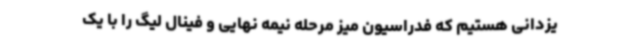
یزدانی هستیم که فدراسیون میز مرحله نیمه نهایی و فینال لیگ را با یک